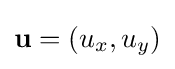
\mathbf {u} =(u_{x},u_{y})